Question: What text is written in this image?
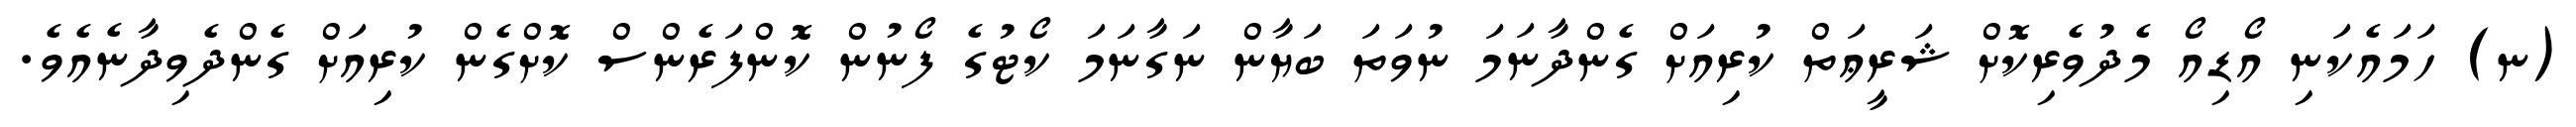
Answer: (ނ) ހަމައެކަނި އޯޑިއޯ މެދުވެރިކޮށް ޝަރީޢަތް ކުރިއަށް ގެންދާނަމަ ނުވަތަ ބަޔާން ނަގާނަމަ ކޯޓުގެ ފޯނުން ކޮންފަރެންސް ކޮށްގެން ކުރިއަށް ގެންދެވިދާނެއެވެ.